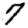
Digit: 7